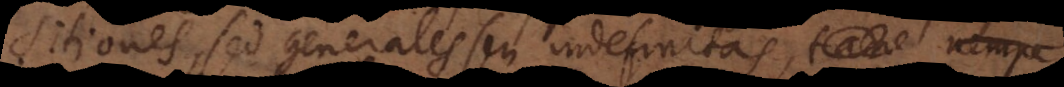
sitiones, sed generales seu indefinitas, tan nemp